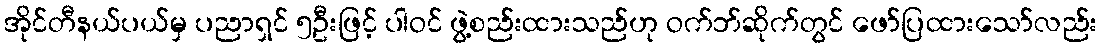
အိုင်တီနယ်ပယ်မှ ပညာရှင် ၅ဦးဖြင့် ပါဝင် ဖွဲ့စည်းထားသည်ဟု ဝက်ဘ်ဆိုက်တွင် ဖော်ပြထားသော်လည်း